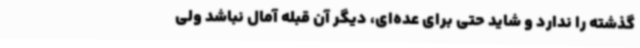
گذشته را ندارد و شاید حتی برای عده‌ای، دیگر آن قبله آمال نباشد ولی